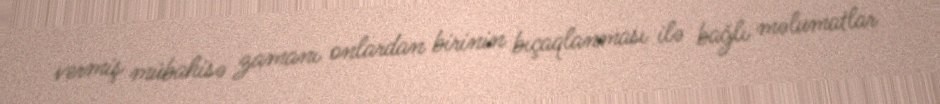
vermiş mübahisə zamanı onlardan birinin bıçaqlanması ilə bağlı məlumatlar